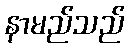
နာမည်သည်